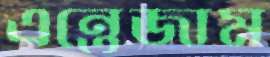
এন্তেজাম